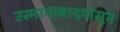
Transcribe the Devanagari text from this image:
उस्मानाबादपासून